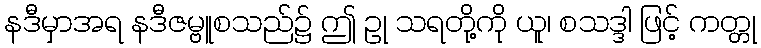
နဒီမှာအရ နဒီဇမ္ဗူစသည်၌ ဤ ဥု သရတို့ကို ယူ၊ စသဒ္ဒါ ဖြင့် ကတ္တု